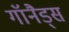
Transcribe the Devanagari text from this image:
गॉनैड्स